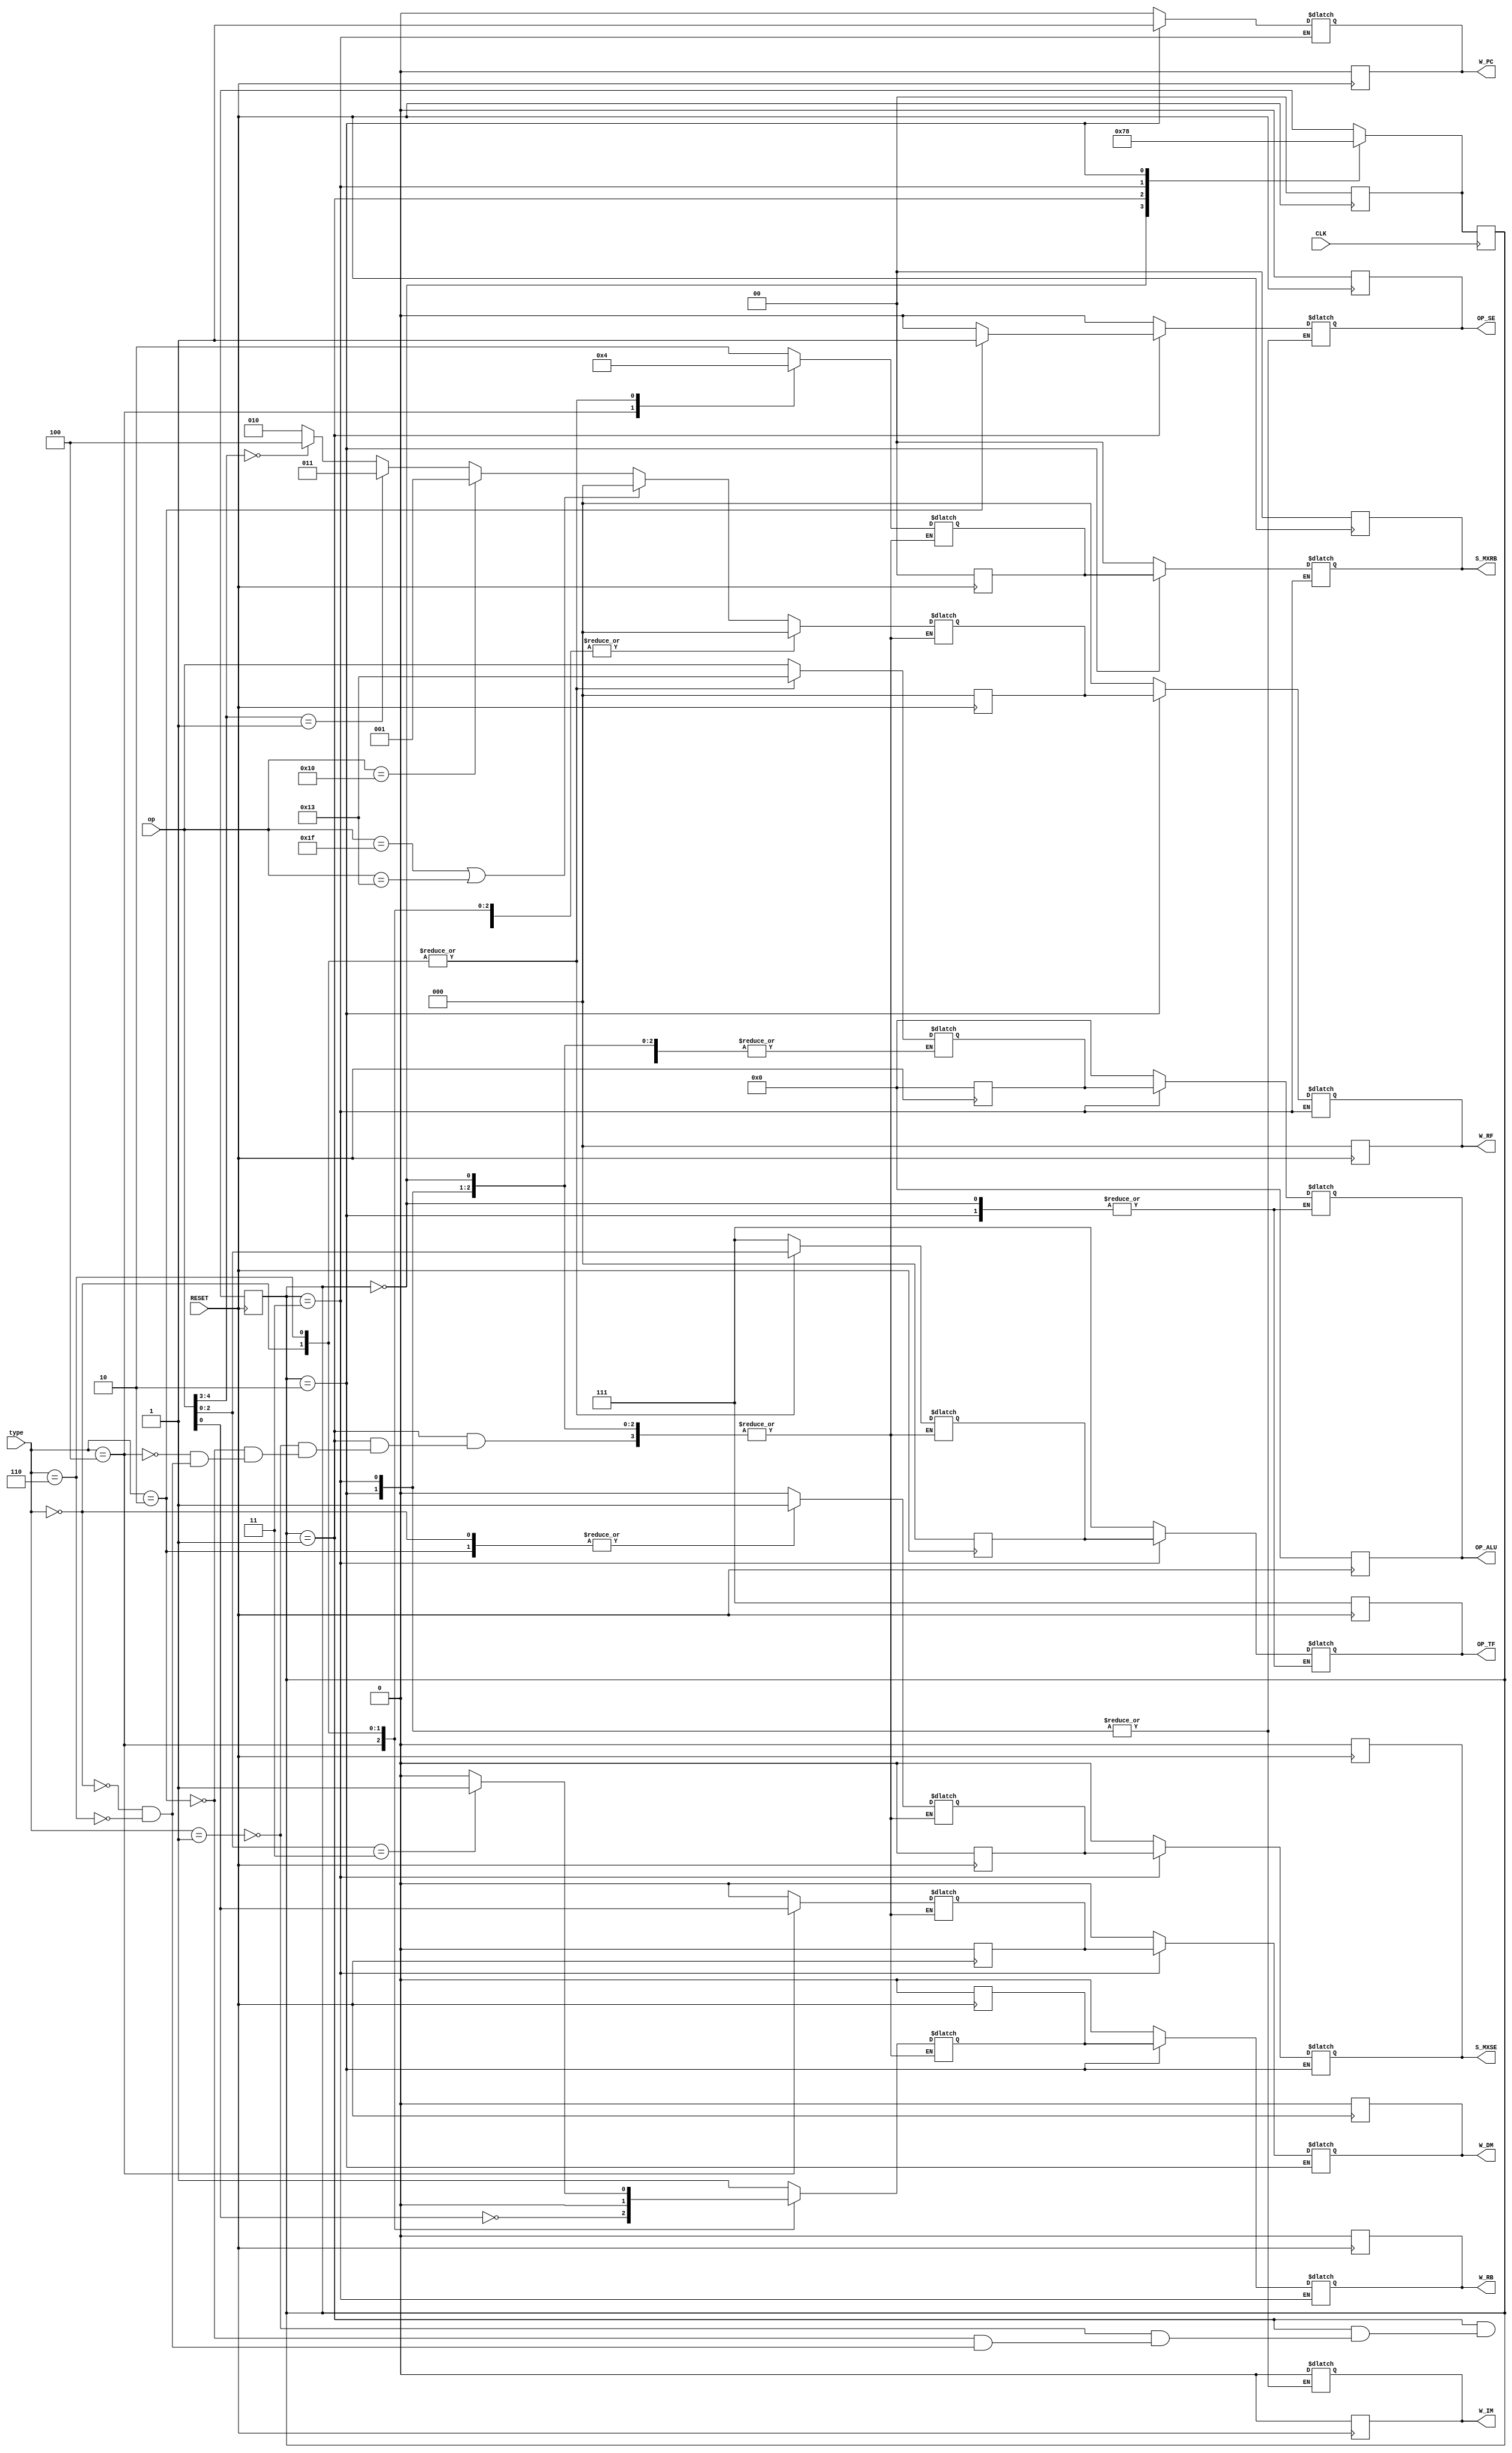
module unit_control(	input 	wire		CLK,
						input	wire		RESET,
						input 	wire[2:0]	type,
						input 	wire[4:0]	op,
						output 	reg	[4:0]	OP_ALU,
						output 	reg	[2:0]	OP_TF,
						output 	reg			OP_SE,
						output 	reg			W_PC,
						output 	reg			W_DM,
						output 	reg			W_IM,
						output 	reg			W_RB,
						output 	reg [2:0]	W_RF,
						output 	reg	[1:0]	S_MXRB,
						output 	reg			S_MXSE);

	reg[1:0] STATE, NEXT;
	parameter 	IF = 2'b00,
				ID = 2'b01,
				EX = 2'b11,
				WB = 2'b10;

	reg	[4:0]	reg_OP_ALU;
	reg	[2:0]	reg_OP_TF;
	reg			reg_W_DM;
	reg			reg_W_RB;
	reg	[2:0]	reg_W_RF;
	reg	[1:0]	reg_S_MXRB;
	reg			reg_S_MXSE;

	always @(posedge RESET) begin
		STATE 		<= 2'bxx;
		NEXT 		<= IF;
		OP_ALU 		<= 5'b00000; 	//nao importa
		OP_TF 		<= 3'b111;		//nao importa
		OP_SE 		<= 1'b0;		//nao importa
		W_PC 		<= 1'b0;		//nao registra a entrada
		W_DM 		<= 1'b0;		//nao escreve nenhum dado
		W_RB 		<= 1'b0;		//nao escreve nenhum dado
		W_RF 		<= 3'b0;		//nao registra nenhuma flag
		W_IM 		<= 1'b0;		//nao importa
		S_MXRB 		<= 2'b0;		//nao importa
		S_MXSE 		<= 1'b0;		//nao importa
		reg_OP_ALU 	<= 0;
		reg_OP_TF 	<= 0;
		reg_W_DM 	<= 0;
		reg_W_RB 	<= 0;
		reg_W_RF 	<= 0;
		reg_S_MXRB 	<= 0;
		reg_S_MXSE 	<= 0;
	end

	always @(STATE) begin
		NEXT = IF;
		case(STATE)
			IF : NEXT = ID;
			ID : NEXT = EX;
			EX : NEXT = WB;
			WB : NEXT = IF;
			default : NEXT = IF;
		endcase
	end

	always @(posedge CLK) STATE <= NEXT;

	always @(*) begin
		case(STATE)
			IF: begin
				OP_SE 	= 1'b0;			//nao importa
				W_PC 	= 1'b0;			//registra a entrada
				W_DM 	= 1'b0;			//nao escreve nenhum dado
				W_RB 	= 1'b0;			//nao escreve nenhum dado
				W_RF 	= 3'b0;			//nao registra nenhuma flag
				W_IM 	= 1'b0;			//nao importa
				S_MXRB 	= 2'b0;			//nao importa
				S_MXSE 	= 1'b0;			//nao importa
			end
			ID: begin
				OP_ALU 	= 5'b00000; 	//nao importa
				OP_TF 	= 3'b111;		//nao importa
				OP_SE 	= 1'b0;			//nao importa
				W_PC 	= 1'b0;			//nao registra a entrada
				W_DM 	= 1'b0;			//nao escreve nenhum dado
				W_RB 	= 1'b0;			//nao escreve nenhum dado
				W_RF 	= 3'b0;			//nao registra nenhuma flag
				W_IM 	= 1'b0;			//nao importa
				S_MXRB 	= 2'b0;			//nao importa
				S_MXSE 	= 1'b0;			//nao importa

				case(type)
					3'b001: begin 					//Operaes da ALU
							reg_OP_ALU 	= op;
							reg_OP_TF 	= 3'b111;
							reg_W_RB 	= 1'b1;
							reg_W_DM 	= 1'b0;
							reg_S_MXSE 	= 1'b0;
							reg_S_MXRB 	= 2'b10;

						// Define o sinal que define quais flags sero atualizadas
						if(op == 5'b11111 || op == 5'b10011)			//ones e passb, no atualizam nenhuma
							reg_W_RF 	= 3'b000;
						else if(op == 5'b10000)		//zeros, atualiza Z
							reg_W_RF 	= 3'b001;
						else if(op[4:3] == 2'b01)	//atualiza S C Z
							reg_W_RF 	= 3'b011;
						else if(op[4:3] == 2'b00)	//atualiza O S C Z
							reg_W_RF 	= 3'b100;
						else 						//atualiza S Z
							reg_W_RF 	= 3'b010;
					end
					3'b010: begin 					//Operaes de Constante
						OP_SE	= 1'b1;
						reg_OP_ALU 	= op;
						reg_OP_TF 	= 3'b111;
						reg_W_RB 	= 1'b1;
						reg_W_DM 	= 1'b0;
						reg_W_RF 	= 3'b000;
						reg_S_MXSE 	= 1'b1;
						reg_S_MXRB 	= 2'b10;
					end
					3'b100: begin 					//Operaes de Memria
						reg_OP_TF 	= 3'b111;
						reg_W_RB 	= ~op[0];
						reg_W_DM 	= op[0];
						reg_W_RF 	= 3'b000;
						reg_S_MXSE 	= 1'b0;
						reg_S_MXRB 	= 2'b01;
					end
					3'b000: begin 					//Operaes de Desvio
						OP_SE 	= 1'b0;
						reg_OP_ALU 	= 5'b10011;
						reg_OP_TF 	= {op[2], op[1], op[0]};
						reg_W_RB 	= 1'b0;
						reg_W_DM 	= 1'b0;
						reg_S_MXSE 	= 1'b1;
						reg_W_RF 	= 3'b000;
						reg_S_MXRB 	= 2'b00;
					end
					3'b110: begin 					//jal e jr
						OP_SE 	= 1'b0;
						reg_OP_ALU 	= 5'b10011;
						reg_OP_TF 	= {op[2], op[1], op[0]};
						reg_W_RB 	= (reg_OP_TF == 3'b011) ? 1'b1 : 1'b0;
						reg_W_DM 	= 1'b0;
						reg_S_MXSE 	= 1'b0;
						reg_W_RF 	= 3'b000;
						reg_S_MXRB 	= 2'b00;
					end
				endcase
			end

			EX: begin
				S_MXSE 	= reg_S_MXSE;
				OP_ALU 	= reg_OP_ALU;
				W_DM 	= reg_W_DM;
				OP_TF 	= reg_OP_TF;
			end

			WB: begin
				S_MXRB 	= reg_S_MXRB;
				W_RF 	= reg_W_RF;
				W_RB 	= reg_W_RB;
				W_PC	= 1'b1;
			end
		endcase
	end
endmodule